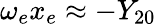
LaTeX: \omega_{e}x_{e}\approx-Y_{20}